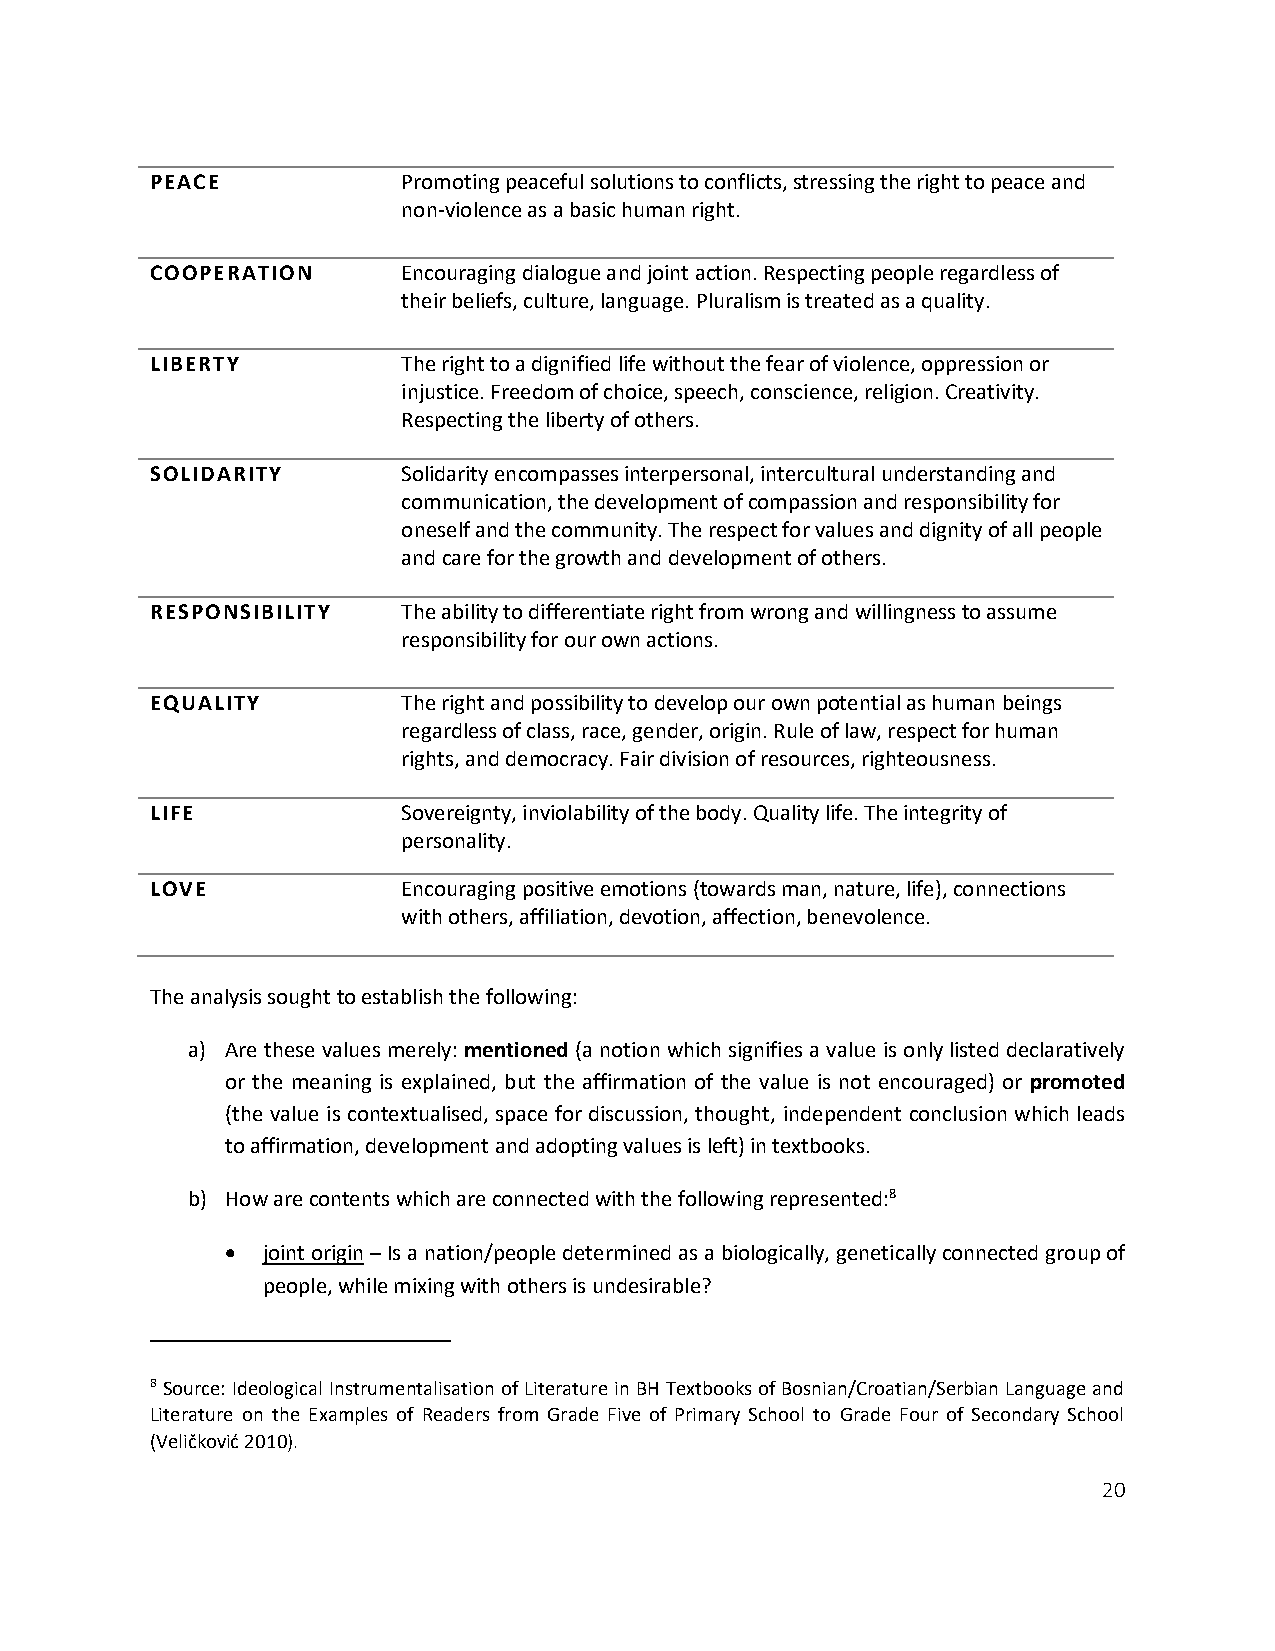
PEACE            Promoting peaceful solutions to conflicts, stressing the right to peace and
 non-violence as a basic human right.
 COOPERATION      Encouraging dialogue and joint action. Respecting people regardless of
 their beliefs, culture, language. Pluralism is treated as a quality.
 LIBERTY          The right to a dignified life without the fear of violence, oppression or
 injustice. Freedom of choice, speech, conscience, religion. Creativity.
 Respecting the liberty of others.
 SOLIDARITY       Solidarity encompasses interpersonal, intercultural understanding and
 communication, the development of compassion and responsibility for
 oneself and the community. The respect for values and dignity of all people
 and care for the growth and development of others.
 RESPONSIBILITY   The ability to differentiate right from wrong and willingness to assume
 responsibility for our own actions.
 EQUALITY         The right and possibility to develop our own potential as human beings
 regardless of class, race, gender, origin. Rule of law, respect for human
 rights, and democracy. Fair division of resources, righteousness.
 LIFE             Sovereignty, inviolability of the body. Quality life. The integrity of
 personality.
 LOVE             Encouraging positive emotions (towards man, nature, life), connections
 with others, affiliation, devotion, affection, benevolence.
 The analysis sought to establish the following:
 a) Are these values merely: mentioned (a notion which signifies a value is only listed declaratively
 or the meaning is explained, but the affirmation of the value is not encouraged) or promoted
 (the value is contextualised, space for discussion, thought, independent conclusion which leads
 to affirmation, development and adopting values is left) in textbooks.
 b) How are contents which are connected with the following represented:8
  joint origin – Is a nation/people determined as a biologically, genetically connected group of
 people, while mixing with others is undesirable?
 8 Source: Ideological Instrumentalisation of Literature in BH Textbooks of Bosnian/Croatian/Serbian Language and
 Literature on the Examples of Readers from Grade Five of Primary School to Grade Four of Secondary School
 (Veličković 2010).
 20